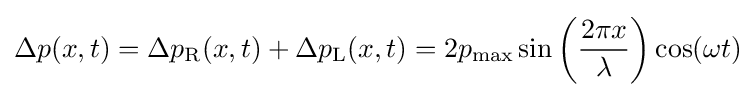
\Delta p(x,t)=\Delta p_{\text{R}}(x,t)+\Delta p_{\text{L}}(x,t)=2p_{\text{max}}\sin \left({2\pi x \over \lambda }\right)\cos(\omega t)